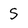
Character: S